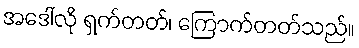
အဒေါ်လို ရှက်တတ်၊ ကြောက်တတ်သည်။